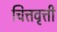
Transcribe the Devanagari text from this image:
चित्तवृत्ती